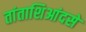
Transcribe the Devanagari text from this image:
तांताशिआंदसे